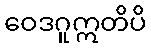
ဝေဒဂူဣတိပိ